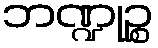
ဘဏ္ဍုဉ္စ